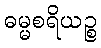
ဓမ္မစရိယဉ္စ